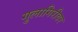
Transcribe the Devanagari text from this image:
गुलागिरीवर